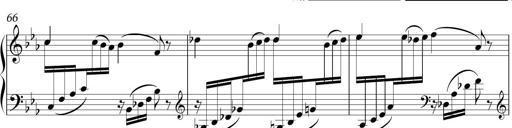
Title: Sonatina in E minor
Composer: Shuwen Zhang
Key: E minor